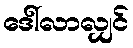
ဒေါ်လာလျှင်